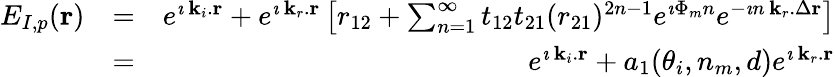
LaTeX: \begin{array}{rlr}{E_{I,p}({\mathbf r})}&{=}&{e^{\imath\, {\mathbf k_{i}}.{\mathbf r}}+e^{\imath\, {\mathbf k_{r}}.{\mathbf r}}\left[r_{12}+\sum_{n=1}^{\infty}t_{12}t_{21}(r_{21})^{2n-1}e^{\imath\Phi_{m}n}e^{-\imath n\, {\mathbf k_{r}}.\Delta{\mathbf r}}\right]}\\ &{=}&{e^{\imath\, {\mathbf k_{i}}.{\mathbf r}}+a_{1}(\theta_{i},n_{m},d)e^{\imath\, {\mathbf k_{r}}.{\mathbf r}}}\end{array}